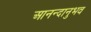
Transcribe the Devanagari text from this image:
आनन्दानुभव